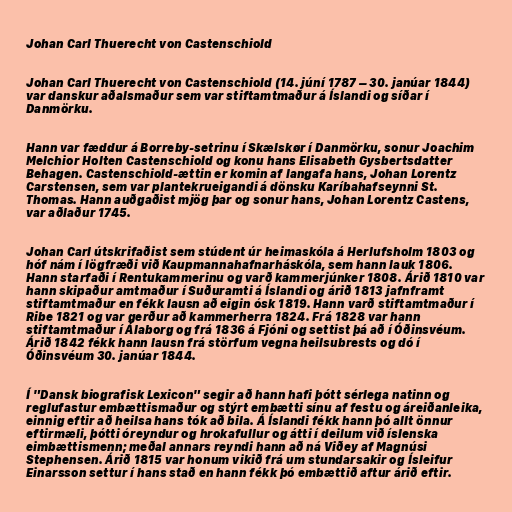
Johan Carl Thuerecht von Castenschiold

Johan Carl Thuerecht von Castenschiold (14. júní 1787 – 30. janúar 1844)
var danskur aðalsmaður sem var stiftamtmaður á Íslandi og síðar í
Danmörku.

Hann var fæddur á Borreby-setrinu í Skælskør í Danmörku, sonur Joachim
Melchior Holten Castenschiold og konu hans Elisabeth Gysbertsdatter
Behagen. Castenschiold-ættin er komin af langafa hans, Johan Lorentz
Carstensen, sem var plantekrueigandi á dönsku Karíbahafseynni St.
Thomas. Hann auðgaðist mjög þar og sonur hans, Johan Lorentz Castens,
var aðlaður 1745.

Johan Carl útskrifaðist sem stúdent úr heimaskóla á Herlufsholm 1803 og
hóf nám í lögfræði við Kaupmannahafnarháskóla, sem hann lauk 1806.
Hann starfaði í Rentukammerinu og varð kammerjúnker 1808. Árið 1810 var
hann skipaður amtmaður í Suðuramti á Íslandi og árið 1813 jafnframt
stiftamtmaður en fékk lausn að eigin ósk 1819. Hann varð stiftamtmaður í
Ribe 1821 og var gerður að kammerherra 1824. Frá 1828 var hann
stiftamtmaður í Álaborg og frá 1836 á Fjóni og settist þá að í Óðinsvéum.
Árið 1842 fékk hann lausn frá störfum vegna heilsubrests og dó í
Óðinsvéum 30. janúar 1844.

Í "Dansk biografisk Lexicon" segir að hann hafi þótt sérlega natinn og
reglufastur embættismaður og stýrt embætti sínu af festu og áreiðanleika,
einnig eftir að heilsa hans tók að bila. Á Íslandi fékk hann þó allt önnur
eftirmæli, þótti óreyndur og hrokafullur og átti í deilum við íslenska
eimbættismenn; meðal annars reyndi hann að ná Viðey af Magnúsi
Stephensen. Árið 1815 var honum vikið frá um stundarsakir og Ísleifur
Einarsson settur í hans stað en hann fékk þó embættið aftur árið eftir.